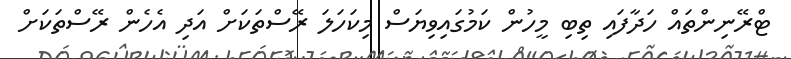
ޓްރޭނިންތައް ހަދާފައި ތިބި މީހުން ކަމުގައިވިޔަސް މިކަހަލަ ރޭސްތަކަށް އަދި އެހެން ރޭސްތަކަށް